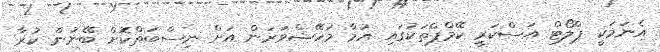
އެނަމަކީ ޕްލޯޓް އަސްކަރީ ކޭމްޕްތަކުގައި އުމާ މަހޭޝްވަރަން އަށް ނިސްބަތްކޮށް ބޭނުން ކުރާ